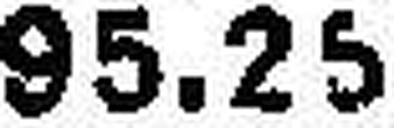
95.25